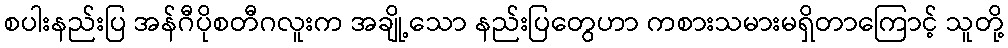
စပါးနည်းပြ အန်ဂီပိုစတီဂလူးက အချို့သော နည်းပြတွေဟာ ကစားသမားမရှိတာကြောင့် သူတို့